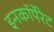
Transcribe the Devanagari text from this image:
इनकाॅर्पेरेट